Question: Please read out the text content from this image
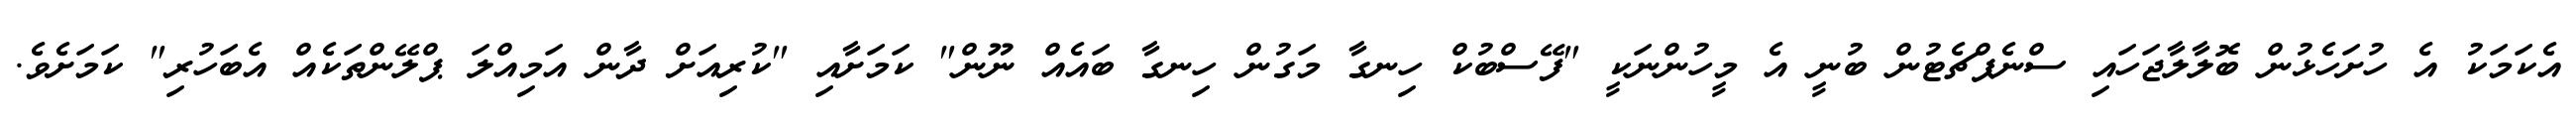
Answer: އެކަމަކު އެ ހުށަހެޅުން ބޮލާލާޖަހައި ސްނެޕްޗެޓުން ބުނީ އެ މީހުންނަކީ "ފޭސްބުކް ހިނގާ މަގުން ހިނގާ ބައެއް ނޫން" ކަމަށާއި "ކުރިއަށް ދާން އަމިއްލަ ޕްލޭންތަކެއް އެބަހުރި" ކަމަށެވެ.